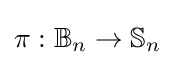
\pi :\mathbb {B} _{n}\to \mathbb {S} _{n}